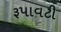
રૂપાવટી